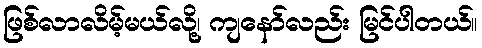
ဖြစ်လာလိမ့်မယ်လို့၊ ကျနော်လည်း မြင်ပါတယ်။